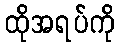
ထိုအရပ်ကို